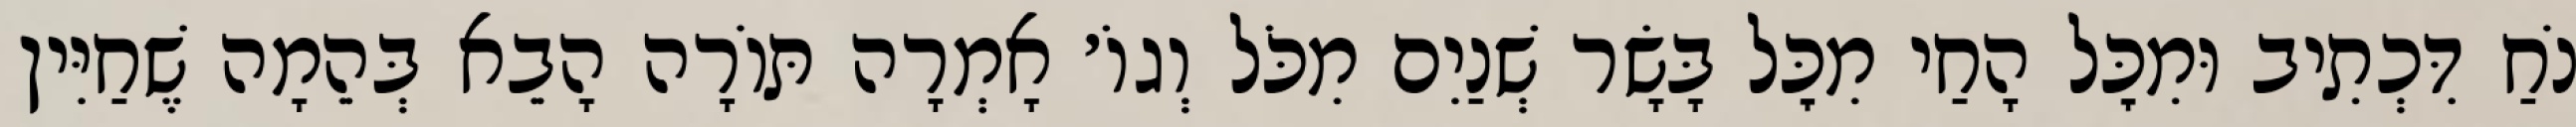
נֹחַ דִּכְתִיב וּמִכׇּל הָחַי מִכׇּל בָּשָׂר שְׁנַיִם מִכֹּל וְגוֹ׳ אָמְרָה תּוֹרָה הָבֵא בְּהֵמָה שֶׁחַיִּין